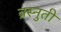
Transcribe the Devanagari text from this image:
क्र्स्नुती